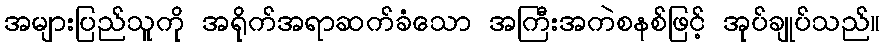
အများပြည်သူကို အရိုက်အရာဆက်ခံသော အကြီးအကဲစနစ်ဖြင့် အုပ်ချုပ်သည်။